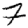
Digit: 7